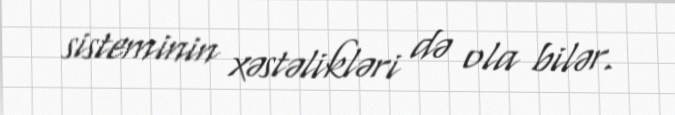
sisteminin xəstəlikləri də ola bilər.